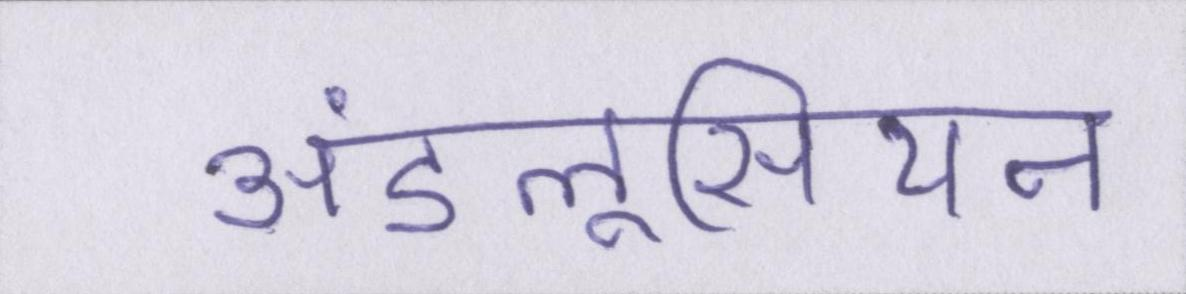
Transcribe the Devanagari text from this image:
अंडलूसियन